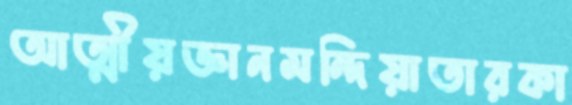
আত্মীয়জ্ঞানমন্দিয়াতারকা